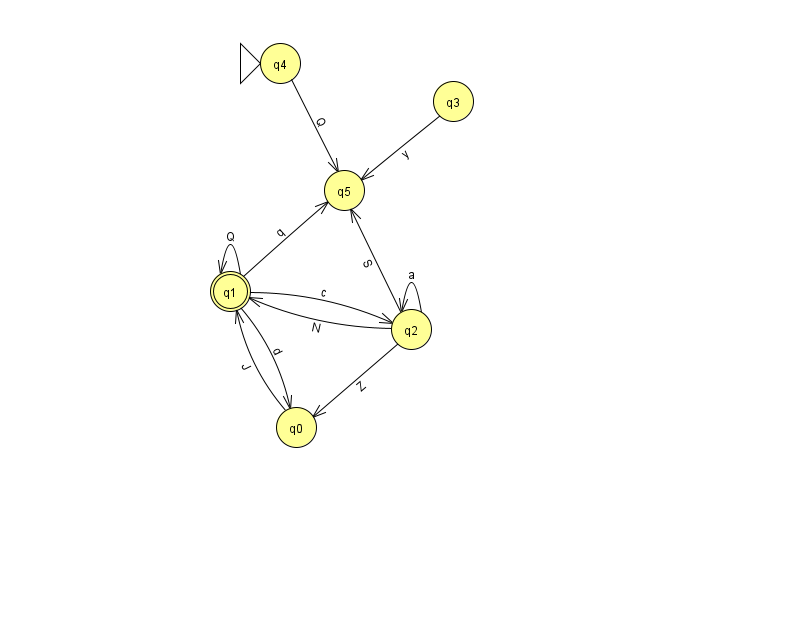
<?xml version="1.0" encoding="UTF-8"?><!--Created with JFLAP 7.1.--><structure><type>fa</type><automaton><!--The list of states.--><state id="0" name="q0"><x>296.0</x><y>414.0</y></state><state id="1" name="q1"><x>230.0</x><y>278.0</y><final/></state><state id="2" name="q2"><x>411.0</x><y>316.0</y></state><state id="3" name="q3"><x>453.0</x><y>88.0</y></state><state id="4" name="q4"><x>280.0</x><y>50.0</y><initial/></state><state id="5" name="q5"><x>344.0</x><y>177.0</y></state><!--The list of transitions.--><transition><from>1</from><to>1</to><read>Q</read></transition><transition><from>1</from><to>2</to><read>c</read></transition><transition><from>2</from><to>2</to><read>a</read></transition><transition><from>1</from><to>0</to><read>d</read></transition><transition><from>3</from><to>5</to><read>y</read></transition><transition><from>4</from><to>5</to><read>Q</read></transition><transition><from>2</from><to>0</to><read>Z</read></transition><transition><from>1</from><to>5</to><read>q</read></transition><transition><from>2</from><to>5</to><read>S</read></transition><transition><from>0</from><to>1</to><read>J</read></transition><transition><from>2</from><to>1</to><read>N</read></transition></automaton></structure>